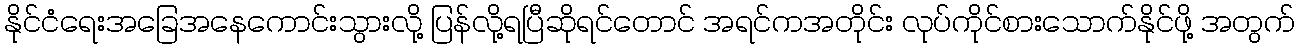
နိုင်ငံရေးအခြေအနေကောင်းသွားလို့ ပြန်လို့ရပြီဆိုရင်တောင် အရင်ကအတိုင်း လုပ်ကိုင်စားသောက်နိုင်ဖို့ အတွက်